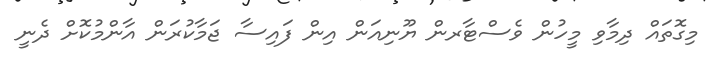
މިގޮތައް ދިމާވި މީހުން ވެސްޓާރން ޔޫނިއަން އިން ފައިސާ ޖަމާކުރަން އާންމުކޮށް ދެނީ